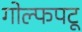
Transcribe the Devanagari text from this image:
गोल्फपटू